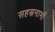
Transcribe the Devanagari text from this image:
सहस्रनामों